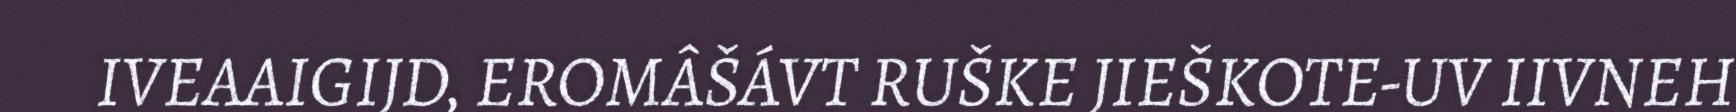
IVEAAIGIJD, EROMÂŠÁVT RUŠKE JIEŠKOTE-UV IIVNEH